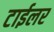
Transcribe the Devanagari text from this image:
टाईलर